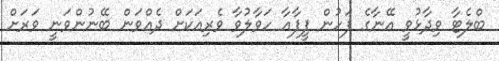
ބްލެޓާ ވިދާޅުވީ އޭނާގެ ފަހުން ފީފާއާ ހަވާލުވާ ވެރިއަކަށް ދެއްވަން ބޭނުންވަނީ ވަރަށް